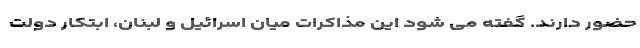
حضور دارند. گفته می شود این مذاکرات میان اسرائیل و لبنان، ابتکار دولت